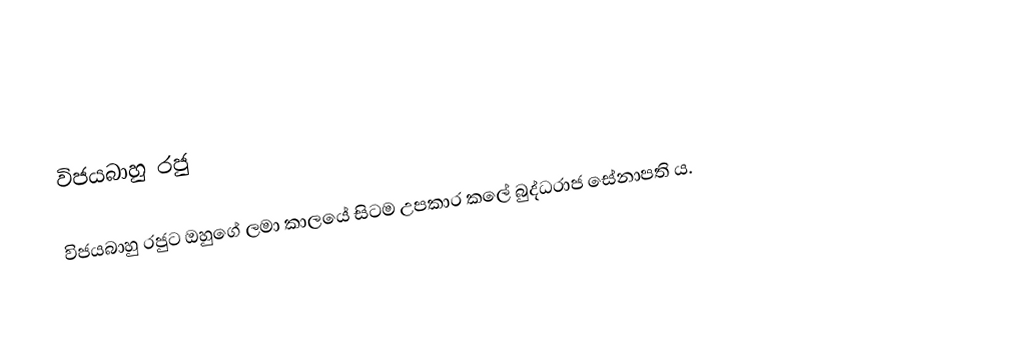
විජයබාහු රජු

විජයබාහු රජුට ඔහුගේ ලමා කාලයේ සිටම උපකාර කලේ බුද්ධරාජ සේනාපති ය.